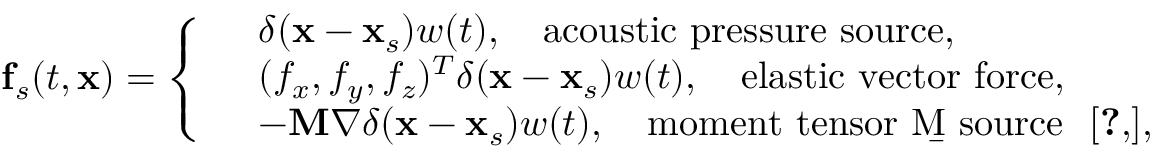
\mathbf { f } _ { s } ( t , \mathbf { x } ) = \left\{ \begin{array} { l l } & { \delta ( \mathbf { x } - \mathbf { x } _ { s } ) w ( t ) , \quad \mathrm { a c o u s t i c ~ p r e s s u r e ~ s o u r c e } , } \\ & { ( f _ { x } , f _ { y } , f _ { z } ) ^ { T } \delta ( \mathbf { x } - \mathbf { x } _ { s } ) w ( t ) , \quad \mathrm { e l a s t i c ~ v e c t o r ~ f o r c e } , } \\ & { - \mathbf { M } \nabla \delta ( \mathbf { x } - \mathbf { x } _ { s } ) w ( t ) , \quad \mathrm { m o m e n t ~ t e n s o r ~ \b { M } ~ s o u r c e ~ \allowdisplaybreaks ~ \cite [ ] { a k i 2 0 0 2 q u a n t i t a t i v e } } , } \end{array} \right.